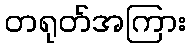
တရုတ်အကြား